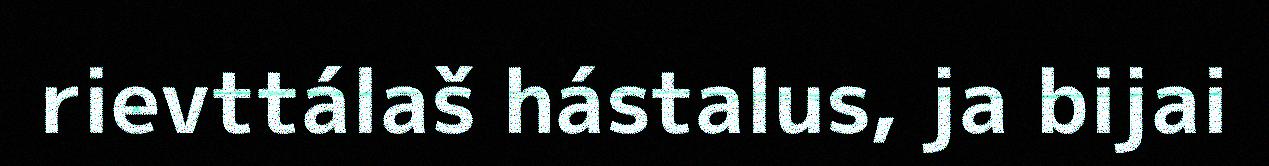
rievttálaš hástalus, ja bijai